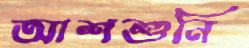
আশশুনি